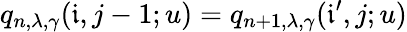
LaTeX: q_{n,\lambda,\gamma}(\mathfrak{i},j-1;u)=q_{n+1,\lambda,\gamma}(\mathfrak{i}^{\prime},j;u)